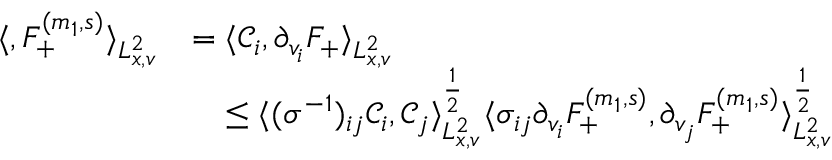
\begin{array} { r l } { \langle , F _ { + } ^ { ( m _ { 1 } , s ) } \rangle _ { L _ { x , v } ^ { 2 } } } & { = \langle \mathcal C _ { i } , \partial _ { v _ { i } } F _ { + } \rangle _ { L _ { x , v } ^ { 2 } } } \\ & { \quad \leq \langle ( \sigma ^ { - 1 } ) _ { i j } \mathcal C _ { i } , \mathcal C _ { j } \rangle _ { L _ { x , v } ^ { 2 } } ^ { \frac { 1 } { 2 } } \langle \sigma _ { i j } \partial _ { v _ { i } } F _ { + } ^ { ( m _ { 1 } , s ) } , \partial _ { v _ { j } } F _ { + } ^ { ( m _ { 1 } , s ) } \rangle _ { L _ { x , v } ^ { 2 } } ^ { \frac { 1 } { 2 } } } \end{array}